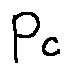
p _ { c }